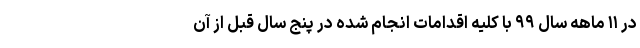
در ۱۱ ماهه سال ۹۹ با کلیه اقدامات انجام شده در پنج سال قبل از آن